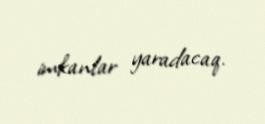
imkanlar yaradacaq.